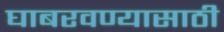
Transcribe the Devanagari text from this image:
घाबरवण्यासाठी